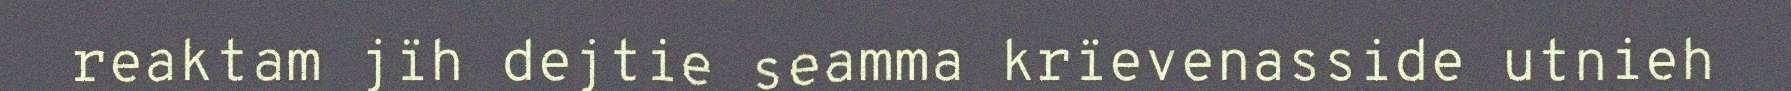
reaktam jïh dejtie seamma krïevenasside utnieh